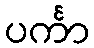
ပင်္ကာ